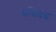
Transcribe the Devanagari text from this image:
प्रसिदद्ध